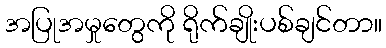
အပြုအမှုတွေကို ရိုက်ချိုးပစ်ချင်တာ။